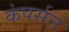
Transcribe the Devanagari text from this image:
कंपर्सन